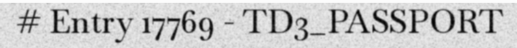
# Entry 17769 - TD3_PASSPORT